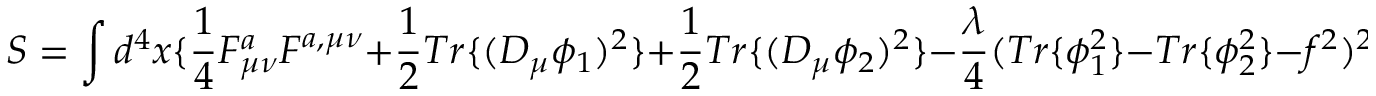
S = \int d ^ { 4 } x \{ \frac { 1 } { 4 } F _ { \mu \nu } ^ { a } F ^ { a , \mu \nu } + \frac { 1 } { 2 } T r \{ ( D _ { \mu } \phi _ { 1 } ) ^ { 2 } \} + \frac { 1 } { 2 } T r \{ ( D _ { \mu } \phi _ { 2 } ) ^ { 2 } \} - \frac { \lambda } { 4 } ( T r \{ \phi _ { 1 } ^ { 2 } \} - T r \{ \phi _ { 2 } ^ { 2 } \} - f ^ { 2 } ) ^ { 2 } \} \quad .